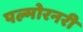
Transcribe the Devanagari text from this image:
पल्मोरनरी